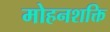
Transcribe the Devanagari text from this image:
मोहनशक्ति